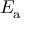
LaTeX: E _ { \mathrm { { a } } }